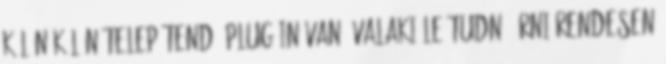
külön-külön telepítendő plug-in van. Valaki le tudná írni rendesen